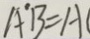
A ^ { \prime } B = A